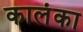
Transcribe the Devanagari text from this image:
कालंका